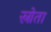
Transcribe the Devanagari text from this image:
स्रोता